Report of the Municipal Commissioner on the plague in Bombay for the year ending 31st May... - Volume 3
Disease focus: Plague
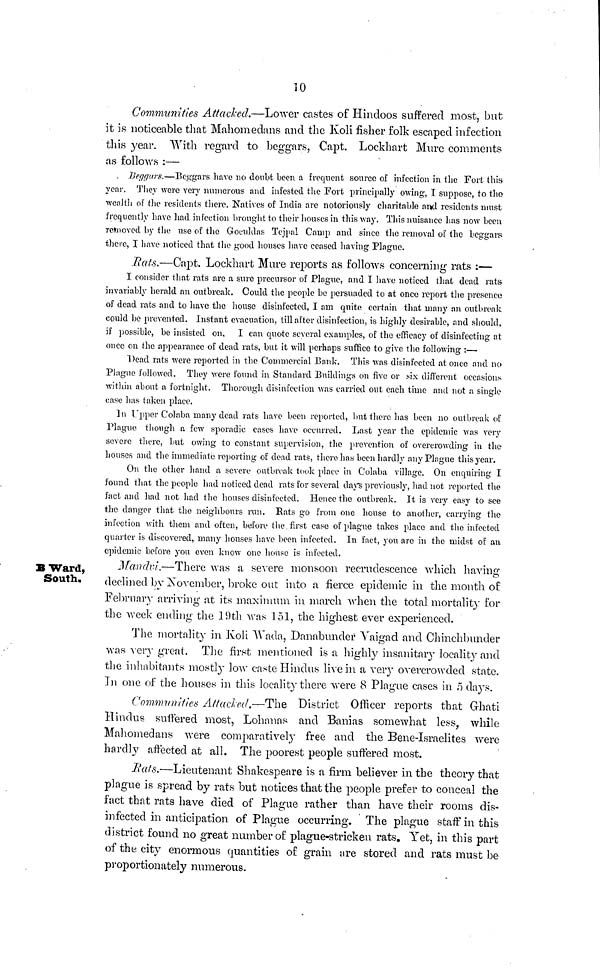
10
Communities Attacked.—Lower castes of Hindoos suffered most, but
it is noticeable that Mahomedans and the Koli fisher folk escaped infection
this year. With regard to beggars, Capt. Lockhart Mure comments
as follows :—
Beggars.—Beggars have no doubt been a frequent source of infection in the Fort this
year. They were very numerous and infested the Fort principally owing, T suppose, to the
wealth of the residents there. Natives of India are notoriously charitable and residents must
frequently have had infection brought to their houses in this way. This nuisance has now been
removed by the use of the Goculdas Tejpal Camp and since the removal of the beggars
there, I have noticed that the good houses have ceased having Plague.
Rats.—Capt. Lockhart Mure reports as follows concerning rats :—
I consider that rats are a sure precursor of Plague, and I have noticed that dead rats
invariably herald an outbreak. Could the people be persuaded to at once report the presence
of dead rats and to have the house disinfected, I am quite certain that many an outbreak
could be prevented. Instant evacuation, till after disinfection, is highly desirable, and should,
if possible, be insisted on, I can quote several examples, of the efficacy of disinfecting at
once on the appearance of dead rats, but it will perhaps suffice to give the following :—
Dead rats were reported in the Commercial Bank. This was disinfected at once and no
Plague followed. They were found in Standard Buildings on five or six different occasions
within about a fortnight. Thorough disinfection was carried out each time and not a single
case has taken place.
In Upper Colaba many dead rats have been reported, but there has been no outbreak of
Plague though a few sporadic cases have occurred. Last year the epidemic was very
severe there, but owing to constant supervision, the prevention of overcrowding in the
houses and the immediate reporting of dead rats, there has been hardly any Plague this year.
On the other hand a severe outbreak took place in Colaba village. On enquiring I
found that the people had noticed dead rats for several days previously, had not reported the
fact and had not had the houses disinfected. Hence the outbreak. It is very easy to see
the danger that the neighbours run. Rats go from one house to another, carrying the
infection with them and often, before the first case of plague takes place and the infected
quarter is discovered, many houses have been infected. In fact, you are in the midst of an
epidemic before you even know one house is infected.
B Ward,
South.
Mandvi.—There was a severe monsoon recrudescence which having
declined by November, broke out into a fierce epidemic in the month of:
February arriving at its maximum in march when the total mortality for
the week ending the 19th was 151, the highest ever experienced.
The mortality in Koli Wada, Danabunder Vaigad and Chinchbunder
was Aery great. The first mentioned is a highly insanitary locality and
the inhabitants mostly low caste Hindus live in a very overcrowded state.
In one of the houses in this locality there were 8 Plague cases in 5 days.
Communities Attacked.—The District Officer reports that Ghati
Hindus suffered most, Lohanas and Banias somewhat less, while
Mahomedans were comparatively free and the Bene-Israelites were
hardly affected at all. The poorest people suffered most.
Rats.—Lieutenant Shakespeare is a firm believer in the theory that
plague is spread by rats but notices that the people prefer to conceal the
fact that rats have died of Plague rather than have their rooms dis-
infected in anticipation of Plague occurring. The plague staff in this
district found no great number of plague-stricken rats. Yet, in this part
of the city enormous quantities of grain are stored and rats must be
proportionately numerous.